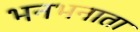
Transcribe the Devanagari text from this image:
भनभनाता